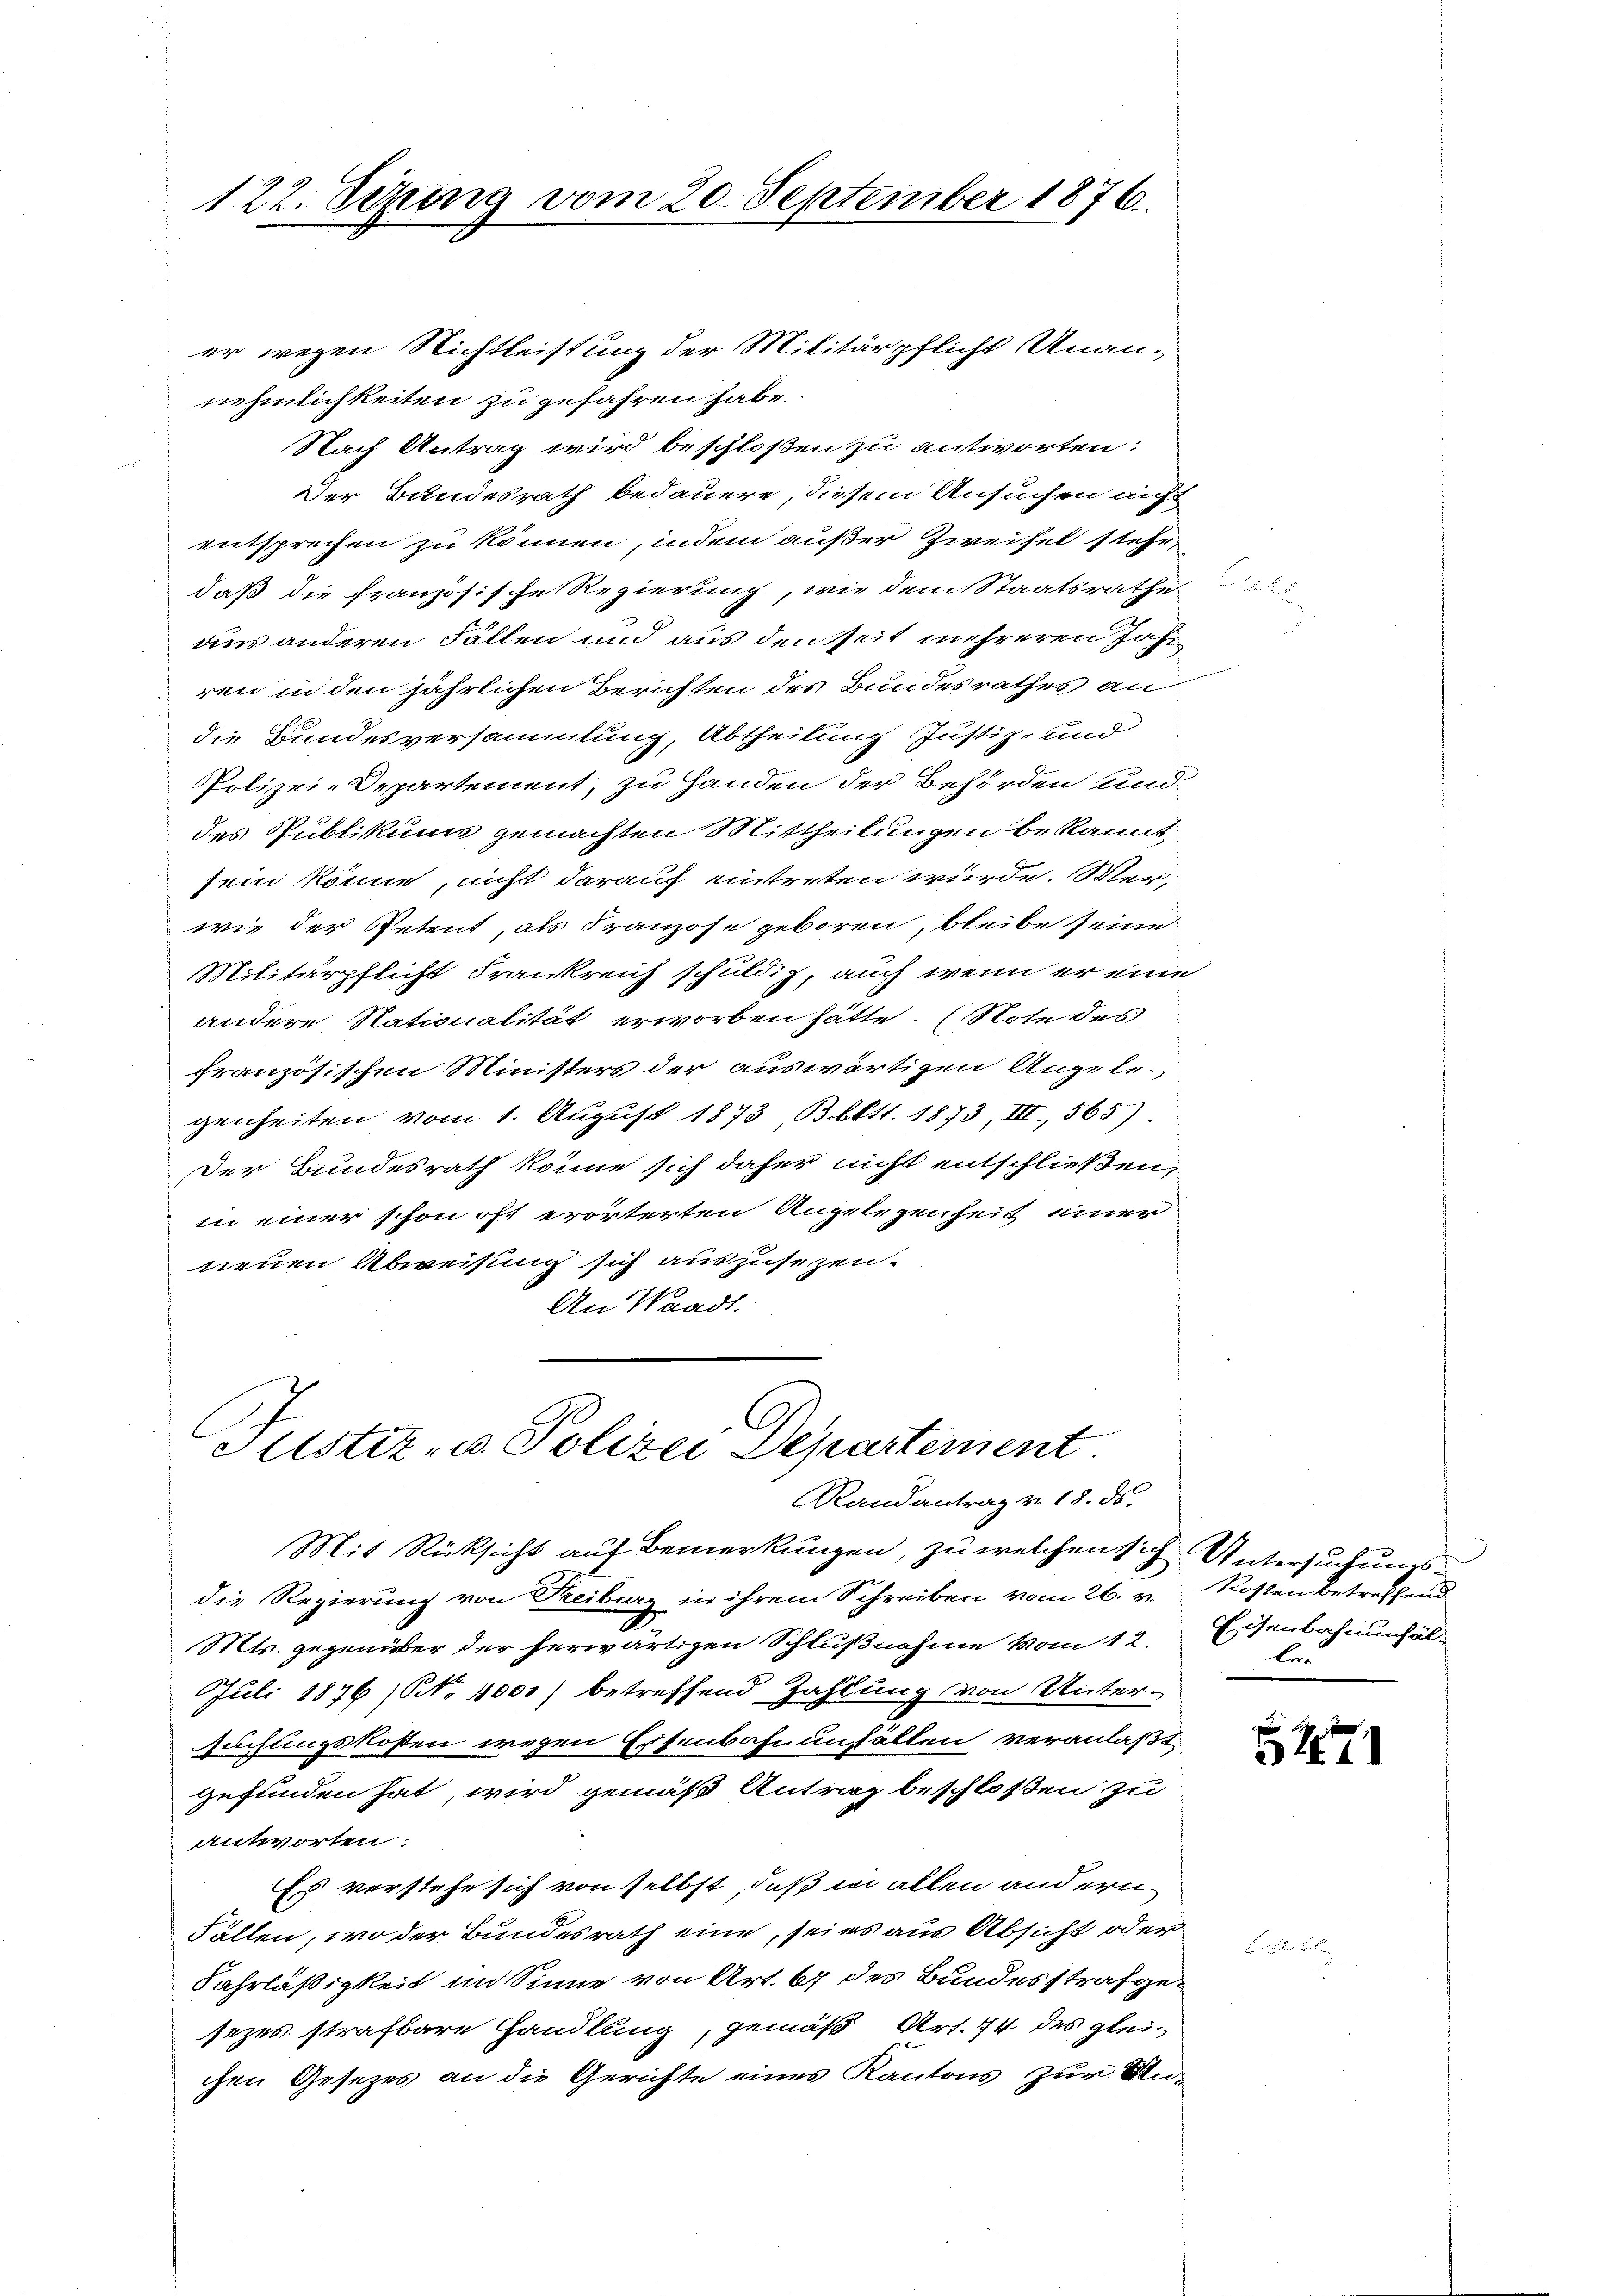
122. Sepung vom 20. September 1876.

er wegen Nichtleistung der Militärpflicht Unan-
nehmlichkeiten zu gefahren habe.
Nach Antrag wird beschloßen zu antworten:
Der Bundesrath bedauere, diesem Ansuchen nicht
entsprechen zu können, indem außer Zweifel stehe,
daß die französische Regierung, wie dem Staatsrathe
ans anderen Fällen und aus den seit mehreren Jahren in den jährlichen Berichten des Bundesrathes an
die Bundesversammlung, Abtheilung Justiz- und
Polizei-Departement, zu Handen der Behörden und
des Publikums gemachten Mittheilungen bekannt
sein könne, nicht darauf eintreten würde. Wer,
wie der Petent, als Franzose geboren, bleibe seine
Militärpflicht Frankreich schuldig, auch wenn er eine
andere Nationalität erworben hätte. (Note des
französischen Ministers der auswärtigen Angele-
genheiten vom 1. August 1873 Blitt. 1873, III., 565).
Der Bundesrath könne sich daher nicht entschließen,
in einer schon oft erörterten Angelegenheit einer
neuen Abweisung sich auszusezen.
An Waadt.

Mit Rücksicht auf Bemerkungen, zu welchen sich Untersuchungsdie Regierung von Reiburg in ihrem Schreiben vom 26. v. Kosten betreffend
Mtr. gegenüber der herwärtigen Schlußnahme vom 12.
Juli 1876 (NNo. 4000) betreffend Zahlung von Unter-
suchungskosten wegen Eisenbahnenfällen veranlaßt
gefunden hat, wird gemäß Antrag beschloßen zu
antworten.
Es verstehe sich von selbst, daß in allen andern
Fällen, wo der Bundesrath eine, seies aus Absicht oder
Fahrläßigkeit im Sinne von Art. 67 des Bundesstrafgesezes strafbare Handlung, gemäß Art. 74 des gleichen Gesetzes an die Gerichte eines Kantons zur Un¬

Justiz- u. Polizei Departement
Randantrag v. 18. ds.

Eisenbahnenfällen

547